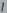
Text: 1